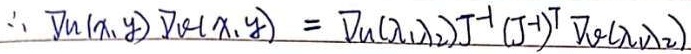
因为\(\sum_{i = 1}^{n}(x_{i}-\overline{x})(y_{i}-\overline{y})=\sum_{i = 1}^{n}(x_{i}y_{i})-n\overline{x}\overline{y}- \overline{x}\sum_{i = 1}^{n}y_{i}-\overline{y}\sum_{i = 1}^{n}x_{i}+n\overline{x}\overline{y}\)